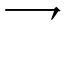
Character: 乛